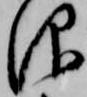
仰